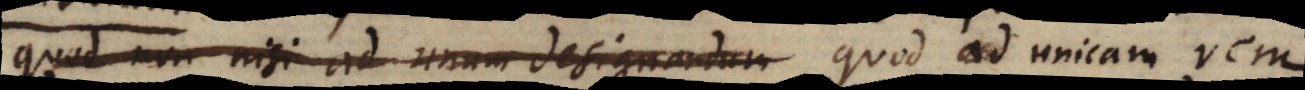
quod non nisi ad unum designandum quod ad unicam rem